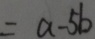
= a - 5 b